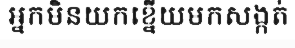
អ្នកមិនយកខ្នើយមកសង្កត់